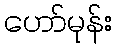
ဟော်မုန်း